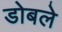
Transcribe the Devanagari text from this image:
डोबले